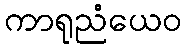
ကာရုညံယေဝ